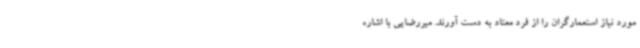
مورد نیاز استعمارگران را از فرد معتاد به دست آورند. میررضایی با اشاره